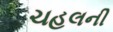
ચહલની